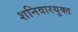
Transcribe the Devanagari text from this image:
शनिवारयुक्त